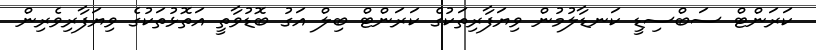
ކަރަންޓް ސަބްސިޑީ ކަނޑާލުމުން ވިޔަފާރިތަކުގެ ކަރަންޓް ބިލް އަގު ބޮޑުވާތީ އަތޮޅުތަކުގެ ވިޔަފާރިވެރިން